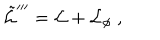
LaTeX: \tilde { { \cal L } } ^ { \prime \prime \prime } = { \cal L } + { \cal L } _ { \phi } \ ,